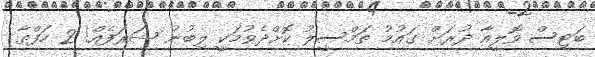
ބަޓިސް ވޮލީއާ ދުރަށް ގައުމު ތަމްސީލު ކޮށްދެވުމަކީ ލިބުނު ޝަރަފެއް! 2 ހަފްތާ